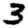
Digit: 3